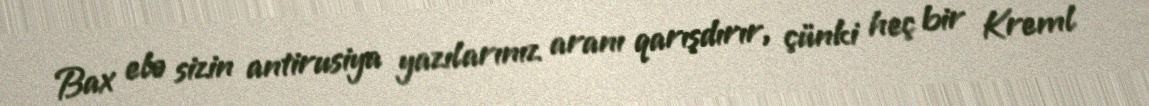
Bax elə sizin antirusiya yazılarınız aranı qarışdırır, çünki heç bir Kreml